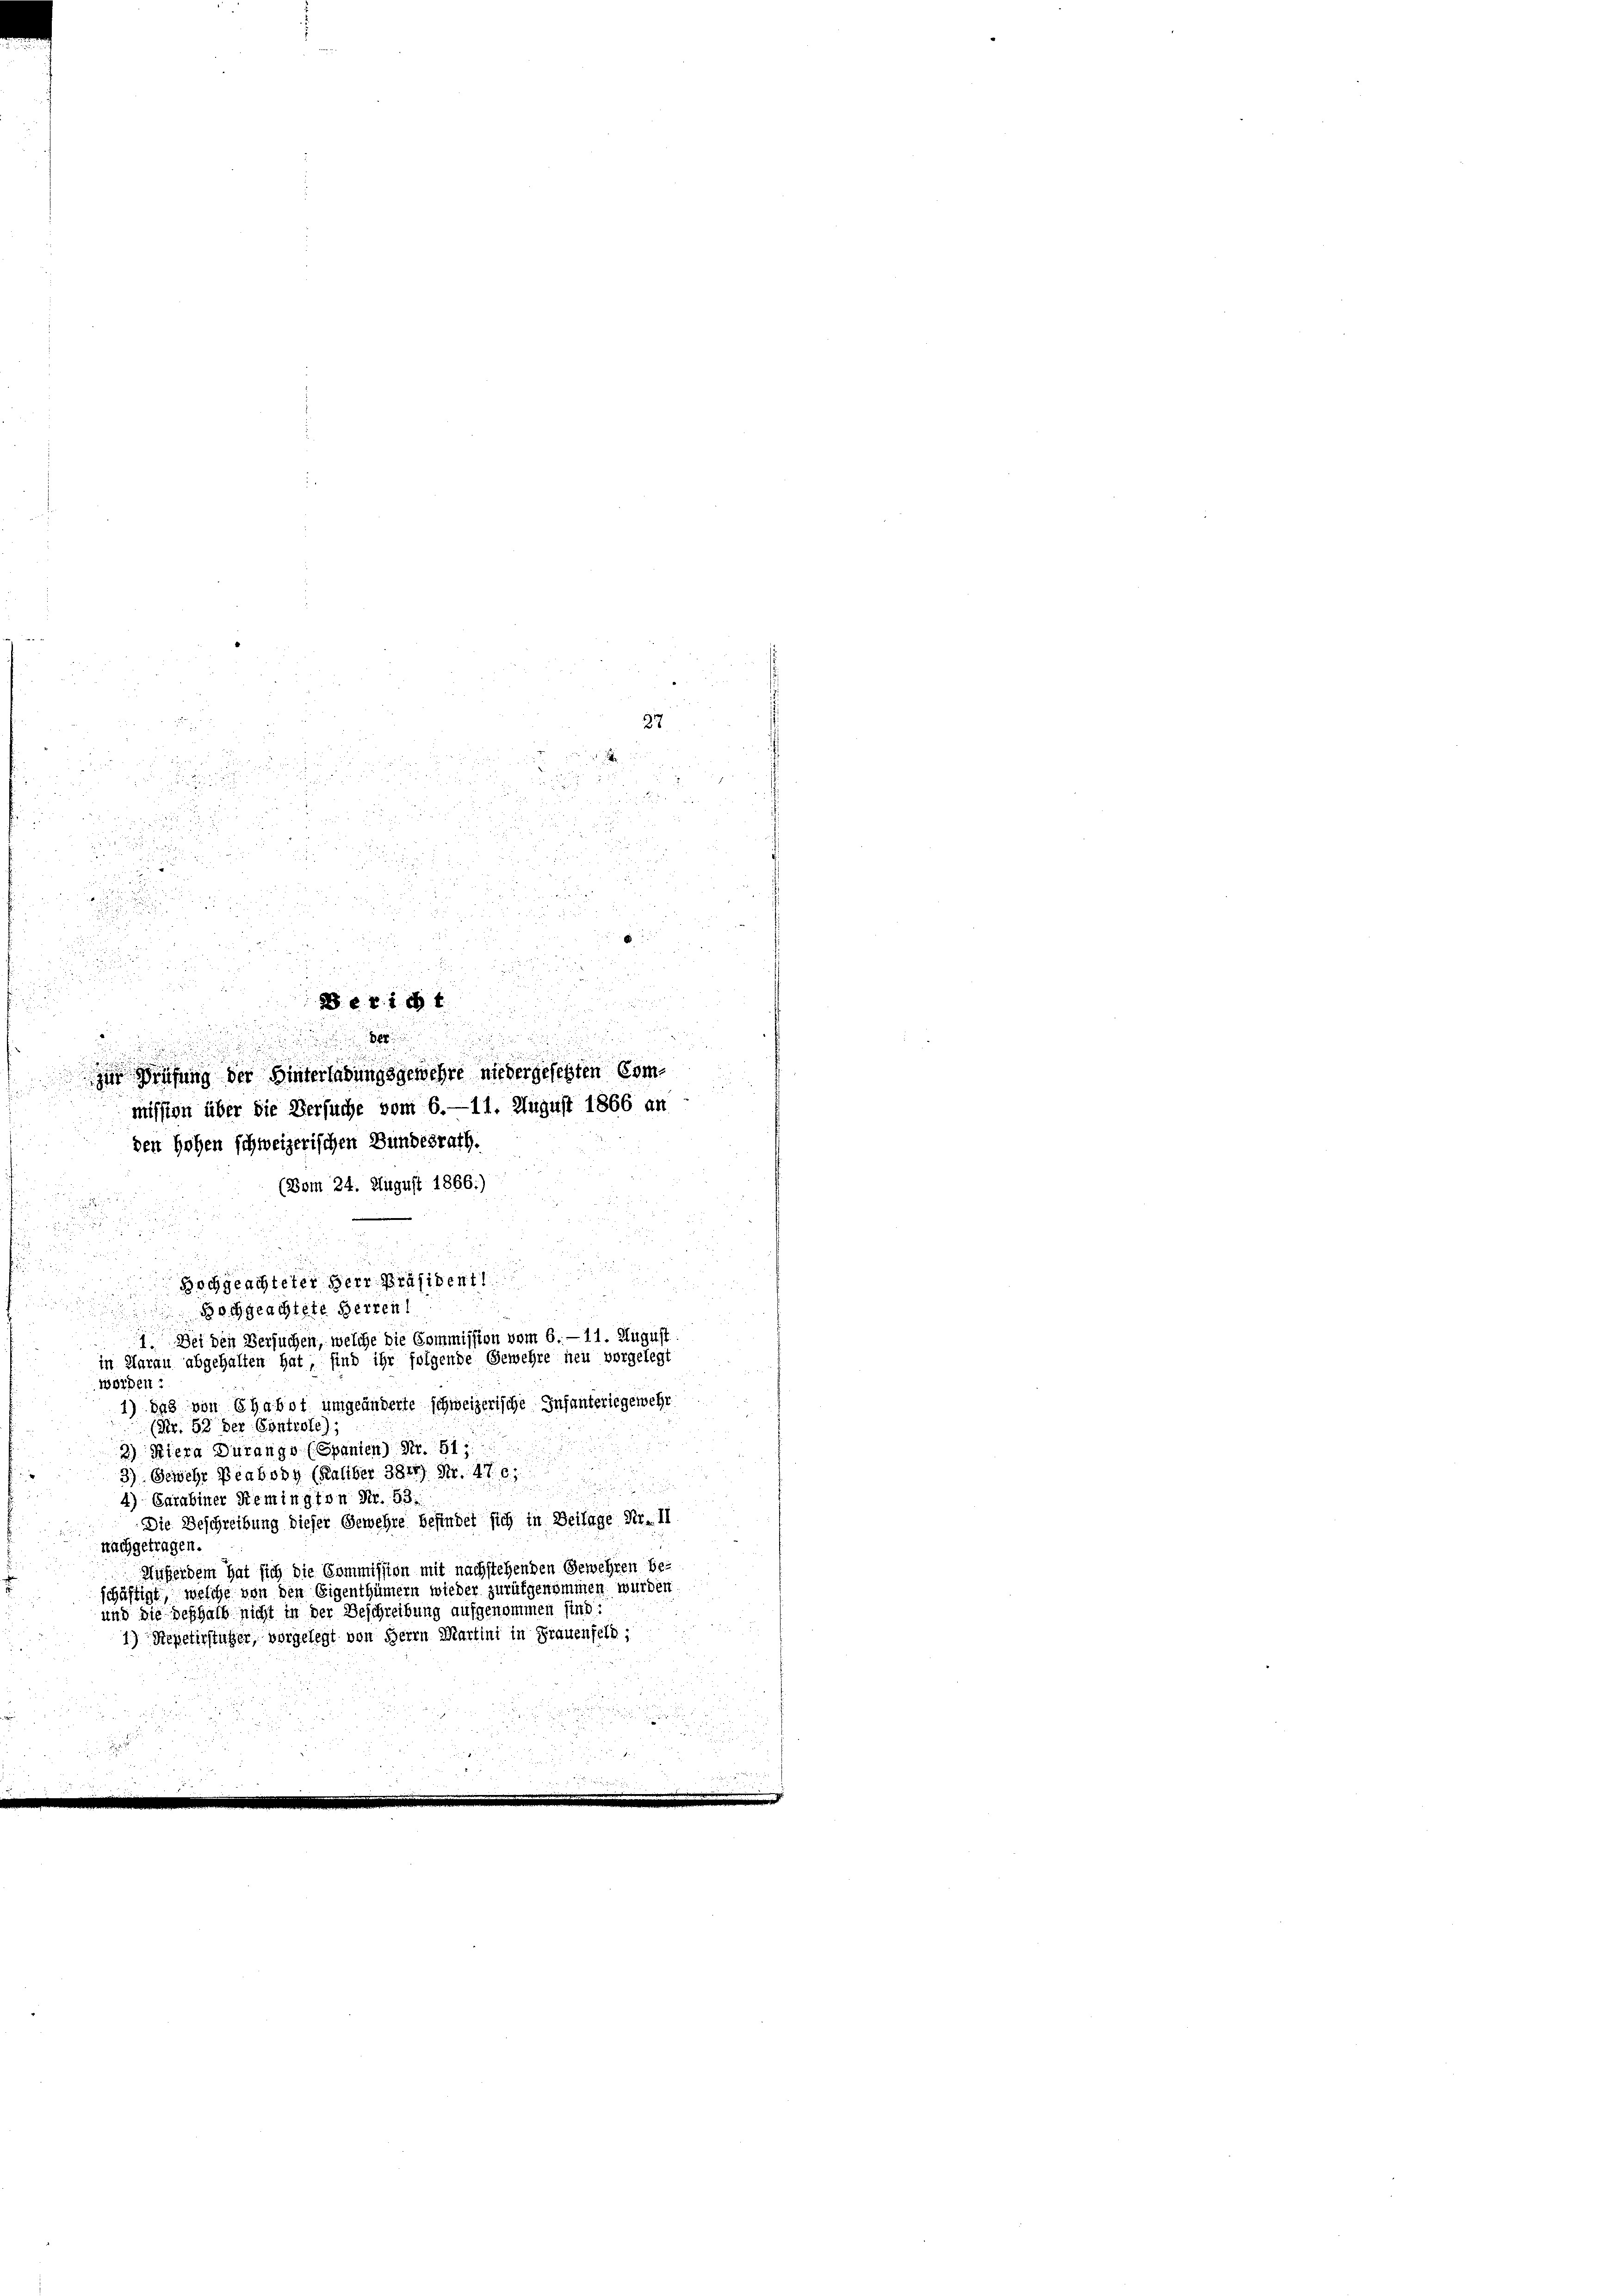
27

r

r

 x
2
7

2
.

u
.

dr es in di

u
8
8

2
un
152
a

r
 250 f

s

u
155
u
x

.
zur Prüfung der Hinterladungsgewehre niedergelegten Commission über die Versuche vom 6.—11. August 1866 an
den Hohen schweizerischen Bundesrath.

a

1

.
u
Bei den Versuchen, welche die Commission vom 6. — 11. August
in Aarau abgehalten hat, sind ihr folgende Gewehre neu vorgelegt
worden?
1) das von Chabot umgeänderte schweizerische Infanterlegewehr
(Nr. 52 der Controle),
n
2) Hiera durango (Spanien) Nr. 511
3) Gewehr Beabony (Kaliber 3848) Nr. 476,

4) Carabiner Remington Nr. 53.
Die Beschreibung dieser Gewehre befindet sich in Beilage Nr. II
nachgetragen.
Außerdem hat sich die Commission mit nachstehenden Gewehren be-
schäftigt, welche von den Eigenthümern wieder zurükgenommen wurden.
und die deshalb nicht in der Beschreibung aufgenommen sind:
1) Repetirstützer, vorgelegt von Herrn Martini in Frauenfeld;

(Vom 24. August 1866.)
Hochgeachteter Herr Präsidentl
Hochgeachtete Herren

5